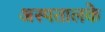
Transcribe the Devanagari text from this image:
अस्पतालके